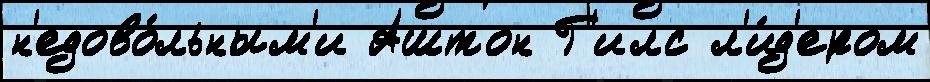
н'едово́льным'и Аштон Г'илс л'и́д'ером